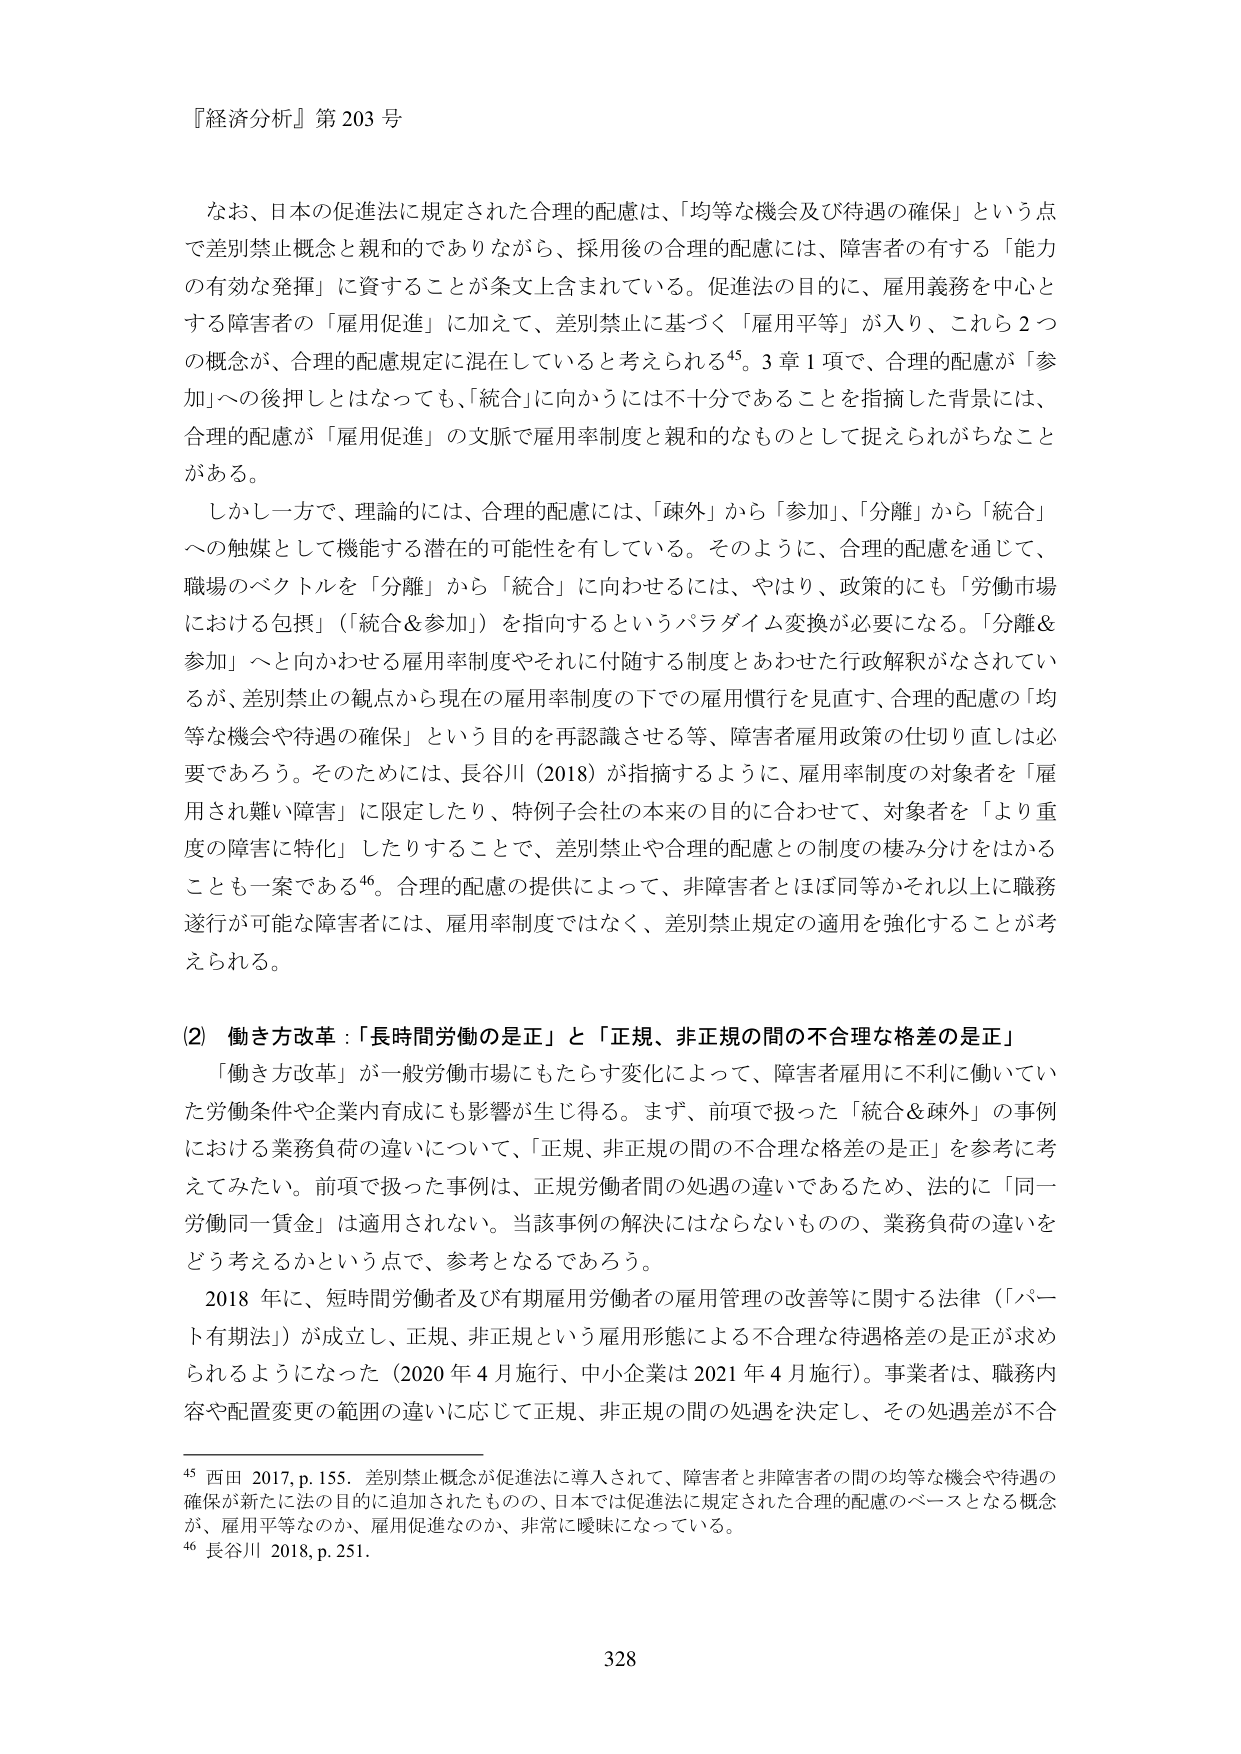
『経済分析』第203号

なお、日本の促進法に規定された合理的配慮は、「均等な機会及び待遇の確保」という点で差別禁止概念と親和的でありながら、採用後の合理的配慮には、障害者の有する「能力の有効な発揮」に資することが条文上含まれている。促進法の目的に、雇用義務を中心とする障害者の「雇用促進」に加えて、差別禁止に基づく「雇用平等」が入り、これら2つの概念が、合理的配慮規定に混在していると考えられる⁴⁵。3章1項で、合理的配慮が「参加」への後押しとはなっても、「統合」に向かうには不十分であることを指摘した背景には、合理的配慮が「雇用促進」の文脈で雇用率制度と親和的なものとして捉えられがちなことがある。

しかし一方で、理論的には、合理的配慮には、「疎外」から「参加」、「分離」から「統合」への触媒として機能する潜在的可能性を有している。そのように、合理的配慮を通じて、職場のベクトルを「分離」から「統合」に向かせるには、やはり、政策的にも「労働市場における包摂」（「統合＆参加」）を指向するというパラダイム変換が必要になる。「分離＆参加」へと向かわせる雇用率制度やそれに付随する制度とあわせた行政解釈がなされているが、差別禁止の観点から現在の雇用率制度の下での雇用慣行を見直す、合理的配慮の「均等な機会や待遇の確保」という目的を再認識させる等、障害者雇用政策の仕切り直しは必要であろう。そのためには、長谷川（2018）が指摘するように、雇用率制度の対象者を「雇用され難い障害」に限定したり、特例子会社の本来の目的に合わせて、対象者を「より重度の障害に特化」したりすることで、差別禁止や合理的配慮との制度の棲み分けをはかることも一案である⁴⁶。合理的配慮の提供によって、非障害者とほぼ同等かそれ以上に職務遂行が可能な障害者には、雇用率制度ではなく、差別禁止規定の適用を強化することが考えられる。

(2) 働き方改革：「長時間労働の是正」と「正規、非正規の間の不合理な格差の是正」

「働き方改革」が一般労働市場にもたらす変化によって、障害者雇用に不利に働いていた労働条件や企業内育成にも影響が生じ得る。まず、前項で扱った「統合＆疎外」の事例における業務負荷の違いについて、「正規、非正規の間の不合理な格差の是正」を参考に考えてみたい。前項で扱った事例は、正規労働者間の処遇の違いであるため、法的に「同一労働同一賃金」は適用されない。当該事例の解決にはならないものの、業務負荷の違いをどう考えるかという点で、参考となるであろう。

2018年に、短時間労働者及び有期雇用労働者の雇用管理の改善等に関する法律（「パート有期法」）が成立し、正規、非正規という雇用形態による不合理な待遇格差の是正が求められるようになった（2020年4月施行、中小企業は2021年4月施行）。事業者は、職務内容や配置変更の範囲の違いに応じて正規、非正規の間の処遇を決定し、その処遇差が不合

⁴⁵ 西田 2017, p.155. 差別禁止概念が促進法に導入されて、障害者と非障害者の間の均等な機会や待遇の確保が新たに法の目的に追加されたものの、日本では促進法に規定された合理的配慮のベースとなる概念が、雇用平等なのか、雇用促進なのか、非常に曖昧になっている。

⁴⁶ 長谷川 2018, p.251.

328